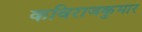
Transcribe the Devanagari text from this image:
कविराजकुमार